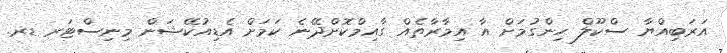
އަރަބިއްޔާ ސްކޫލް ހިންގުމަށް އާ އިމާރާތެއް ގާއިމްކޮށްދޭނެ ކަމަށް އެޑިއުކޭޝަން މިނިސްޓަރ ޑރ.